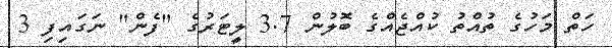
ހަތް މަހުގެ ތުއްތު ކުއްޖެއްގެ ބޮލުން 3.7 ލީޓަރުގެ "ފެން" ނަގައިފި 3